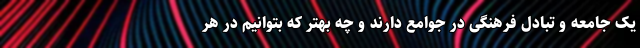
یک جامعه و تبادل فرهنگی در جوامع دارند و چه بهتر که بتوانیم در هر